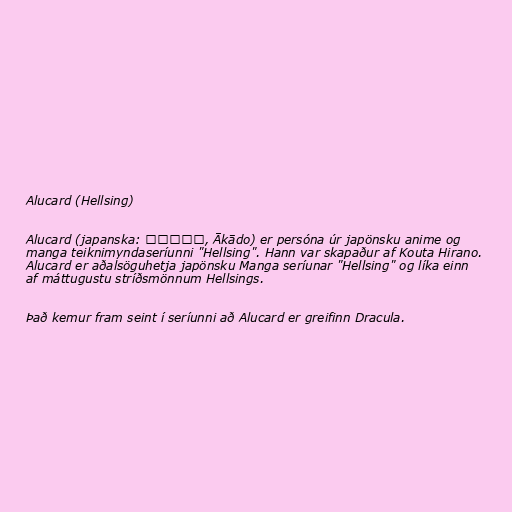
Alucard (Hellsing)

Alucard (japanska: アーカード, Ākādo) er persóna úr japönsku anime og
manga teiknimyndaseríunni "Hellsing". Hann var skapaður af Kouta Hirano.
Alucard er aðalsöguhetja japönsku Manga seríunar "Hellsing" og líka einn
af máttugustu stríðsmönnum Hellsings.

Það kemur fram seint í seríunni að Alucard er greifinn Dracula.